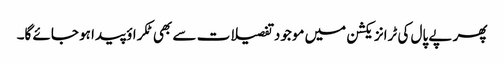
پھر پے پال کی ٹرانزیکشن میں موجود تفصیلات سے بھی ٹکراؤ پیدا ہو جائے گا۔